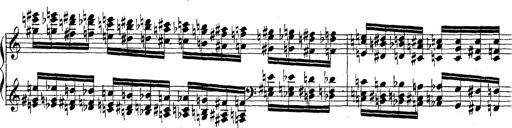
Title: Technische Studien
Composer: Franz Liszt